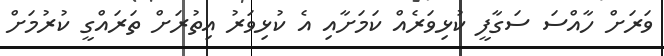
ވަރަށް ހާއްސަ ސަގާފީ ކުޅިވަރެއް ކަމަށާއި އެ ކުޅިވަރު އިތުރަށް ތަރައްގީ ކުރުމަށް